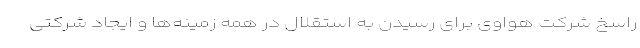
راسخ شرکت هواوی برای رسیدن به استقلال در همه زمینه‌ها و ایجاد شرکتی